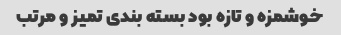
خوشمزه و تازه بود بسته بندی تمیز و مرتب